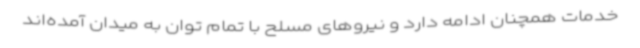
خدمات همچنان ادامه دارد و نیروهای مسلح با تمام توان به میدان آمده‌اند